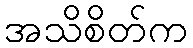
အသိစိတ်က